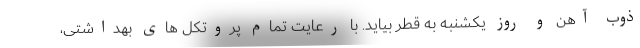
ذوب آهن و روز یکشنبه به قطر بیاید. با رعایت تمام پروتکل های بهداشتی،